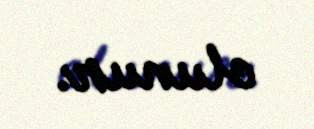
olunur.